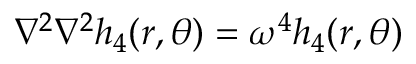
\nabla ^ { 2 } \nabla ^ { 2 } h _ { 4 } ( r , \theta ) = \omega ^ { 4 } h _ { 4 } ( r , \theta )